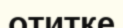
отитке